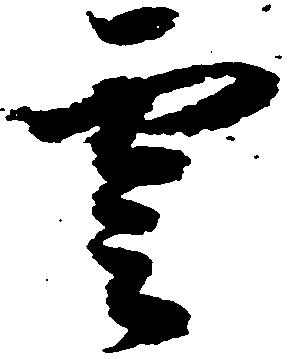
雲